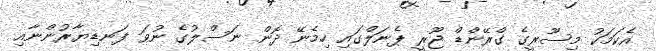
އެކަމަކު މިސޫރީގެ ގްރޭންޑް ޖޫރީ ޕެނަލްގައި ހިމެނޭ ދޮން ނަސްލުގެ ނުވަ ފަނޑިޔާރުންނާއި